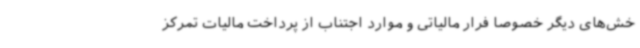
خش‌های دیگر خصوصا فرار مالیاتی و موارد اجتناب از پرداخت مالیات تمرکز